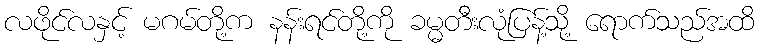
လဖိုင်လနှင့် မဂမ်တို့က နန်းရင်တို့ကို ခမ္မတီးလုံပြန့်သို့ ရောက်သည်အထိ